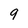
Character: 9